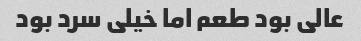
عالی بود طعم اما خیلی سرد بود